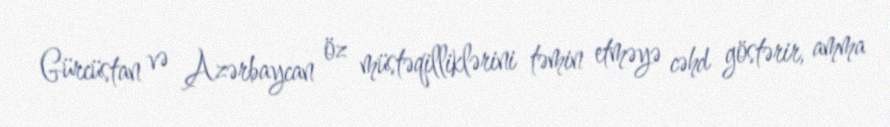
Gürcüstan və Azərbaycan öz müstəqilliklərini təmin etməyə cəhd göstərir, amma